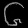
Digit: ၆